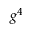
g ^ { 4 }